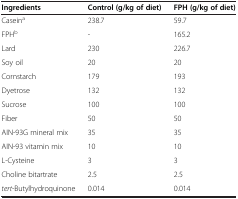
<table><thead><tr><td><b>Ingredients</b></td><td><b>Control (g/kg of diet)</b></td><td><b>FPH (g/kg of diet)</b></td></tr></thead><tbody><tr><td>Casein<sup>a</sup></td><td>238.7</td><td>59.7</td></tr><tr><td>FPH<sup>b</sup></td><td>-</td><td>165.2</td></tr><tr><td>Lard</td><td>230</td><td>226.7</td></tr><tr><td>Soy oil</td><td>20</td><td>20</td></tr><tr><td>Cornstarch</td><td>179</td><td>193</td></tr><tr><td>Dyetrose</td><td>132</td><td>132</td></tr><tr><td>Sucrose</td><td>100</td><td>100</td></tr><tr><td>Fiber</td><td>50</td><td>50</td></tr><tr><td>AIN-93G mineral mix</td><td>35</td><td>35</td></tr><tr><td>AIN-93 vitamin mix</td><td>10</td><td>10</td></tr><tr><td>L-Cysteine</td><td>3</td><td>3</td></tr><tr><td>Choline bitartrate</td><td>2.5</td><td>2.5</td></tr><tr><td><i>tert</i>-Butylhydroquinone</td><td>0.014</td><td>0.014</td></tr></tbody></table>